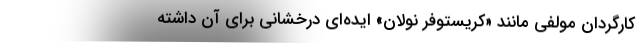
کارگردان مولفی مانند «کریستوفر نولان» ایده‌ای درخشانی برای آن داشته